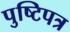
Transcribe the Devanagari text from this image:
पुष्टिपत्र